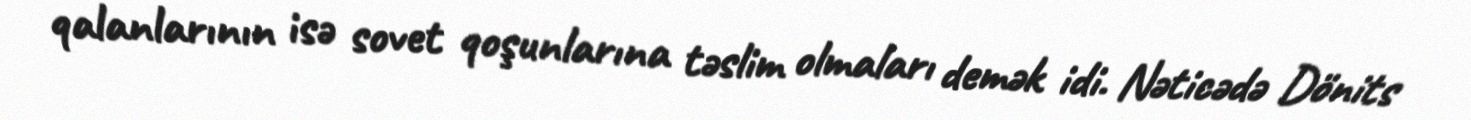
qalanlarının isə sovet qoşunlarına təslim olmaları demək idi. Nəticədə Dönits